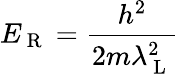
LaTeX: E_{\mathrm{~R~}}=\frac{h^{2}}{2m\lambda_{\mathrm{~L~}}^{2}}